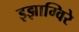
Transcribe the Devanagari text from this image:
इझाग्विरे